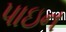
પાઇન